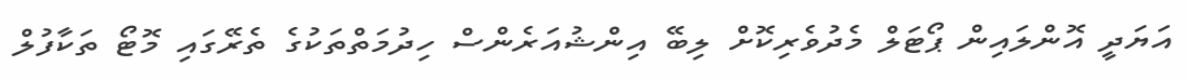
އަޔަދީ އޮންލައިން ޕޯޓަލް މެދުވެރިކޮށް ލިބޭ އިންޝުއަރެންސް ހިދުމަތްތަކުގެ ތެރޭގައި މޮޓޯ ތަކާފުލް